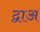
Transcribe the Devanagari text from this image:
द्वाअ